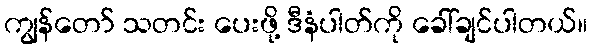
ကျွန်တော် သတင်း ပေးဖို့ ဒီနံပါတ်ကို ခေါ်ချင်ပါတယ်။